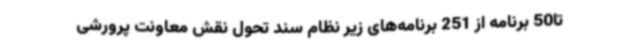
تا50 برنامه از 251 برنامه‌های زیر نظام سند تحول نقش معاونت پرورشی